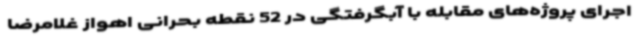
اجرای پروژه‌های مقابله با آبگرفتگی در 52 نقطه بحرانی اهواز غلامرضا